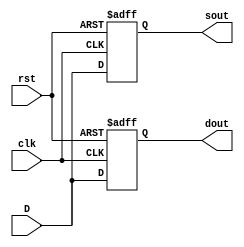
`timescale 1ns / 1ps
//////////////////////////////////////////////////////////////////////////////////
// Company: 
// Engineer: 
// 
// Design Name: 
// Module Name: dflip
// Project Name: 
// Target Devices: 
// Tool Versions: 
// Description: 
// 
// Dependencies: 
// 
// Revision:
// Revision 0.01 - File Created
// Additional Comments:
// 
//////////////////////////////////////////////////////////////////////////////////



module dflip(
input D,
    input clk,
    input rst,
    output reg sout,
    output reg dout
    );

always @(posedge(clk), posedge(rst))
begin
   if (rst == 1)
   begin
       sout <= 1'b0;	// Q is reset to 0
       dout <= 1'b0;
   end
   else
   begin
       sout <= D;
       dout <= D;
   end
end
    
endmodule